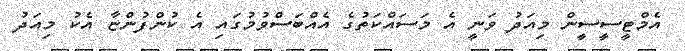
އެމްޓީސީސީން މިއަދު ވަނީ އެ މަސައްކަތުގެ އެއްބަސްވުމުގައި އެ ކުންފުންޏާ އެކު މިއަދު